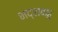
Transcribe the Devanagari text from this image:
भद्राबाहु